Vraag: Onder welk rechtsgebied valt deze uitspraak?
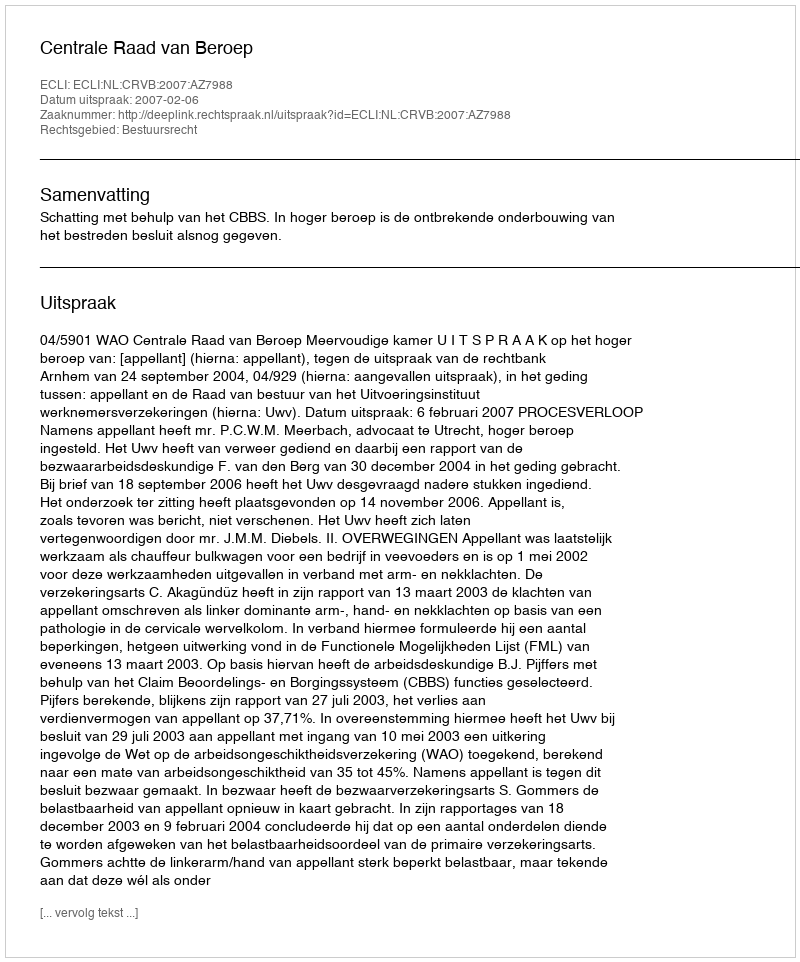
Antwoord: Bestuursrecht